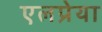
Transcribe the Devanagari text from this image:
एलप्रेया